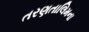
તરણતાલિમના